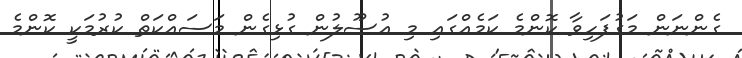
ގެންނަން މަގުފަހިވާ ކޮންމެ ކަމެއްގައި މި އުސޫލުން ގުޅިގެން މަސައްކަތް ކުރުމަކީ ކޮންމެ